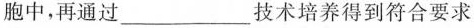
胞中，再通过___技术培养得到符合要求